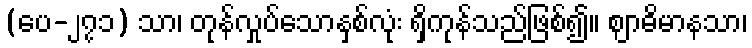
(ပေ-၂၇၁) သာ၊ တုန်လှုပ်သောနှစ်လုံး ရှိကုန်သည်ဖြစ်၍။ ဈာဓိမာနသာ၊